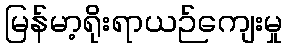
မြန်မာ့ရိုးရာယဉ်ကျေးမှု